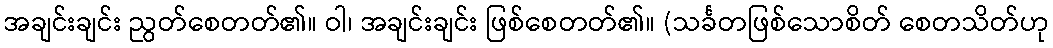
အချင်းချင်း ညွတ်စေတတ်၏။ ဝါ၊ အချင်းချင်း ဖြစ်စေတတ်၏။ (သင်္ခတဖြစ်သောစိတ် စေတသိတ်ဟု